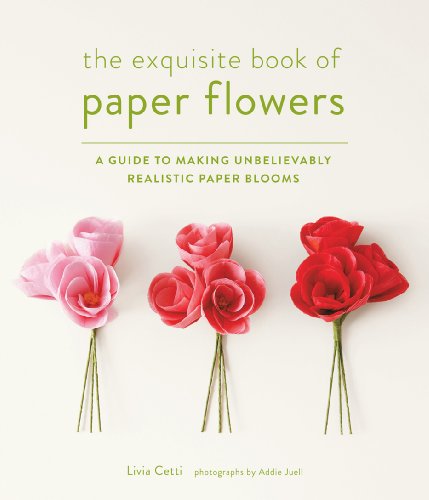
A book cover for The Exquisite Book of Paper Flowers: A Guide to Making Unbelievably Realistic Paper Blooms; Livia Cetti; Crafts, Hobbies & Home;